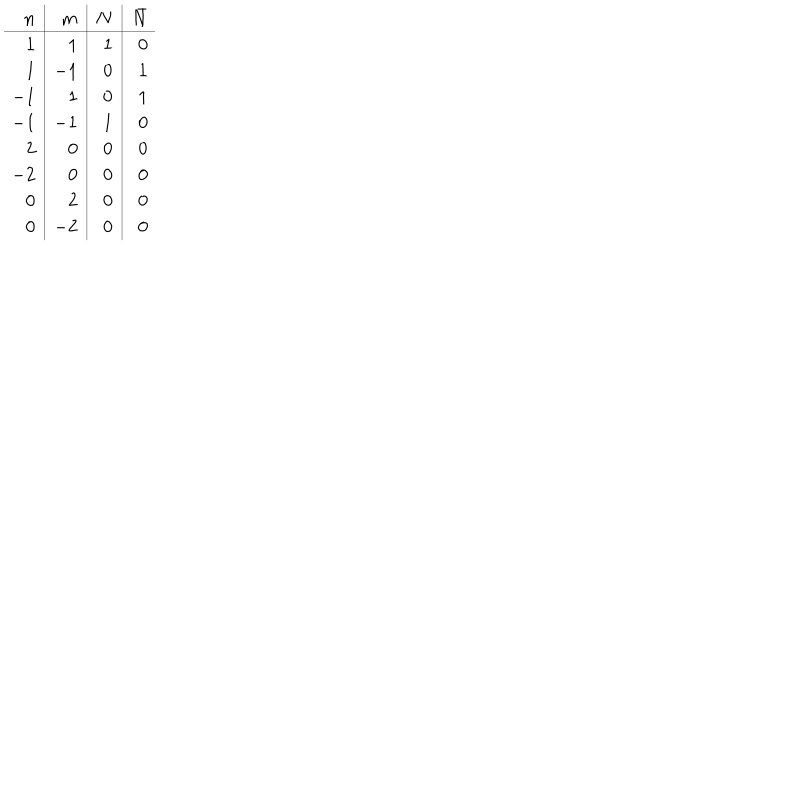
LaTeX: \begin{array} { r | r | r | r } { { n } } & { { m } } & { { N } } & { { \bar { N } } } \\ \hline { { 1 } } & { { 1 } } & { { 1 } } & { { 0 } } \\ { { 1 } } & { { - 1 } } & { { 0 } } & { { 1 } } \\ { { - 1 } } & { { 1 } } & { { 0 } } & { { 1 } } \\ { { - 1 } } & { { - 1 } } & { { 1 } } & { { 0 } } \\ { { 2 } } & { { 0 } } & { { 0 } } & { { 0 } } \\ { { - 2 } } & { { 0 } } & { { 0 } } & { { 0 } } \\ { { 0 } } & { { 2 } } & { { 0 } } & { { 0 } } \\ { { 0 } } & { { - 2 } } & { { 0 } } & { { 0 } } \\ \end{array}